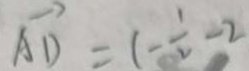
\overrightarrow { A D } = ( - \frac { 1 } { 2 } - 2